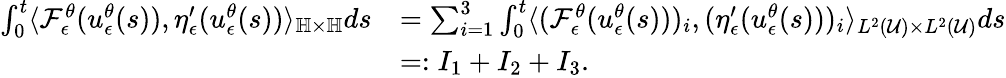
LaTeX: \begin{array}{rl}{\int_{0}^{t}\langle\mathcal{F}_{\epsilon}^{\theta}(u_{\epsilon}^{\theta}(s)),\eta_{\epsilon}^{\prime}(u_{\epsilon}^{\theta}(s))\rangle_{\mathbb{H}\times\mathbb{H}}ds}&{=\sum_{i=1}^{3}\int_{0}^{t}\langle(\mathcal{F}_{\epsilon}^{\theta}(u_{\epsilon}^{\theta}(s)))_{i},(\eta_{\epsilon}^{\prime}(u_{\epsilon}^{\theta}(s)))_{i}\rangle_{L^{2}(\mathcal{U})\times L^{2}(\mathcal{U})}ds}\\ &{=:I_{1}+I_{2}+I_{3}.}\end{array}